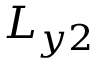
L _ { y 2 }